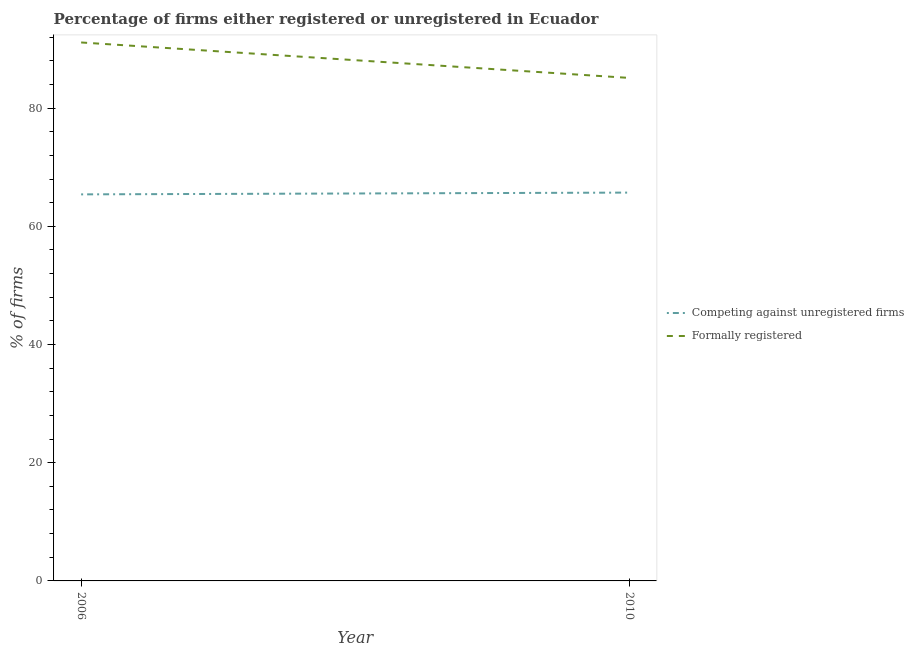
| Year | Competing against unregistered firms | Formally registered |
 | --- | --- | --- |
 | 2006 | 65.4 | 91.1 |
 | 2010 | 65.7 | 85.1 |